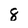
Character: 8